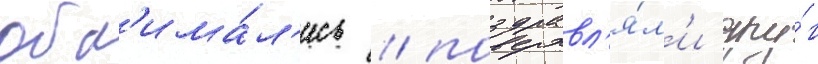
обн'има́л'ись / поздравл'я́л'и дру́г